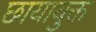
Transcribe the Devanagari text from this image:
छायायुक्त